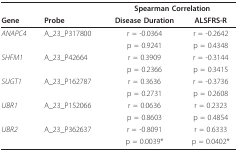
<table><thead><tr><td></td><td></td><td colspan="2"><b>Spearman Correlation</b></td></tr><tr><td><b>Gene</b></td><td><b>Probe</b></td><td><b>Disease Duration</b></td><td><b>ALSFRS-R</b></td></tr></thead><tbody><tr><td><i>ANAPC4</i></td><td>A_23_P317800</td><td>r = -0.0364</td><td>r = -0.2642</td></tr><tr><td></td><td></td><td>p = 0.9241</td><td>p = 0.4348</td></tr><tr><td><i>SHFM1</i></td><td>A_23_P42664</td><td>r = 0.3909</td><td>r = -0.3144</td></tr><tr><td></td><td></td><td>p = 0.2366</td><td>p = 0.3415</td></tr><tr><td><i>SUGT1</i></td><td>A_23_P162787</td><td>r = 0.3636</td><td>r = -0.3736</td></tr><tr><td></td><td></td><td>p = 0.2731</td><td>p = 0.2608</td></tr><tr><td><i>UBR1</i></td><td>A_23_P152066</td><td>r = 0.0636</td><td>r = 0.2323</td></tr><tr><td></td><td></td><td>p = 0.8603</td><td>p = 0.4854</td></tr><tr><td><i>UBR2</i></td><td>A_23_P362637</td><td>r = -0.8091</td><td>r = 0.6333</td></tr><tr><td></td><td></td><td>p = 0.0039*</td><td>p = 0.0402*</td></tr></tbody></table>